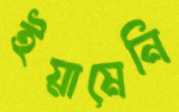
ইয়ামেনি